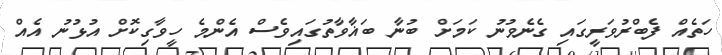
ހަތެއް ފެބްރުވަރީގައި ގެނެވުނު ކަމަށް ބުނާ ބަޣާވާތުގައިވެސް އެންމެ ހީވާގިކޮށް އުޅުނު އެއް